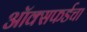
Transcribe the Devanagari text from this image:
ऑक्सफर्डचा